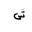
Letter: _shin